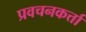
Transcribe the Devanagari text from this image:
प्रवचनकर्त्ता